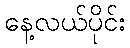
နေ့လယ်ပိုင်း